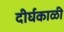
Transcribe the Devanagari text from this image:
दीर्घकाळी